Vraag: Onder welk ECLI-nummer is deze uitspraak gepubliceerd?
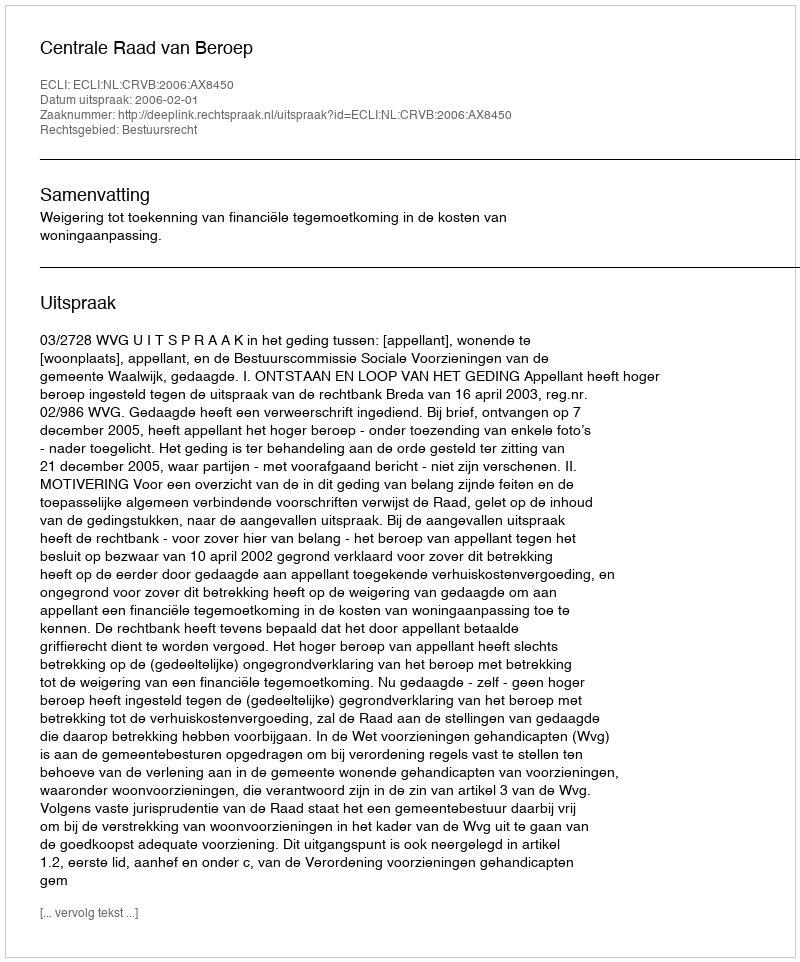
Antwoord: ECLI:NL:CRVB:2006:AX8450